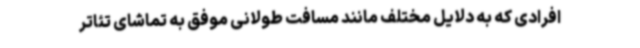
افرادی که به دلایل مختلف مانند مسافت طولانی موفق به تماشای تئاتر